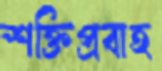
শক্তিপ্রবাহ